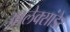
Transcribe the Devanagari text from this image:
आलेक्सांडेर